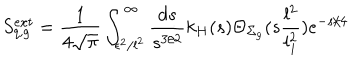
S _ { q , g } ^ { e x t } = { \frac { 1 } { 4 \sqrt { \pi } } } \int _ { \epsilon ^ { 2 } / l ^ { 2 } } ^ { \infty } { \frac { d s } { s ^ { 3 / 2 } } } k _ { H } ( s ) \Theta _ { \Sigma _ { g } } ( s { \frac { l ^ { 2 } } { l _ { 1 } ^ { 2 } } } ) e ^ { - { s / 4 } } ~ ~